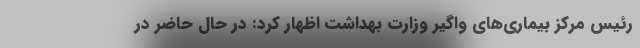
رئیس مرکز بیماری‌های واگیر وزارت بهداشت اظهار کرد: در حال حاضر در